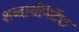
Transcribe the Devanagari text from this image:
शब्दार्थनिर्देश